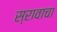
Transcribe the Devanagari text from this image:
स्रावाचा